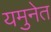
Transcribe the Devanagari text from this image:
यमुनेत